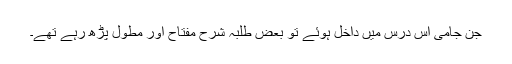
جن جامی اِس درس میں داخل ہوئے تو بعض طلبہ شرح مفتاح اور مطول پڑھ رہے تھے۔